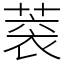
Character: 𦶧